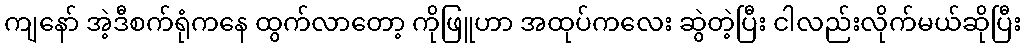
ကျနော် အဲ့ဒီစက်ရုံကနေ ထွက်လာတော့ ကိုဖြူဟာ အထုပ်ကလေး ဆွဲတဲ့ပြီး ငါလည်းလိုက်မယ်ဆိုပြီး